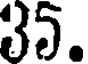
35.